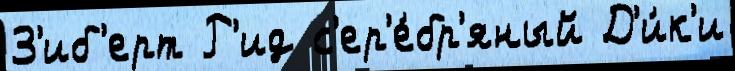
З'иб'ерт Р'ид с'ер'е́бр'яный Д'и́к'и